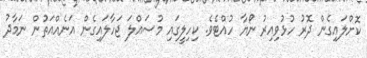
ކޮށްލައިގެން ދޮރު ހުޅުވިއިރު ނޯޔާ ހުއްޓެވެ. ކިހިލީގައި މުސައްލަ ޖަހާލައިގެން އަނެއްއަތުން ނަމާދު